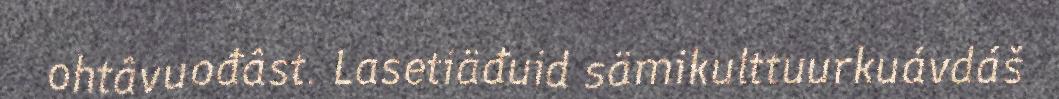
ohtâvuođâst. Lasetiäđuid sämikulttuurkuávdáš